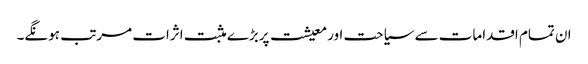
ان تمام اقدامات سے سیاحت اور معیشت پربڑے مثبت اثرات مرتب ہونگے۔